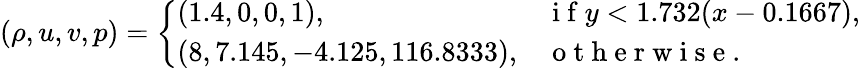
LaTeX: (\rho,u,v,p)=\left\{ \begin{array}{ll}{(1.4,0,0,1),}&{\mathrm{~i~f~}y<1.732(x-0.1667),}\\ {(8,7.145,-4.125,116.8333),}&{\mathrm{~o~t~h~e~r~w~i~s~e~.~}}\end{array}\right.